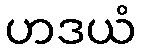
ဟဒယံ